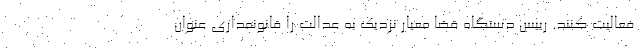
فعالیت کنند. رییس دستگاه قضا معیار نزدیک به عدالت را قانونمداری عنوان